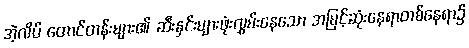
အဲ့လိပ် တောင်တန်းများ၏ ဆီးနှင်းများဖုံးလွှမ်းနေသော အမြင့်ဆုံးနေရာတစ်နေရာ၌